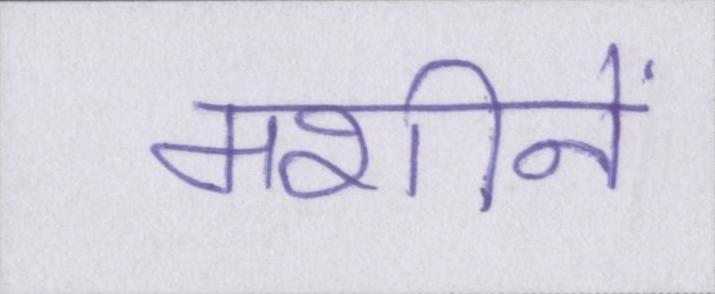
मशीनें